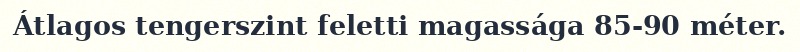
Átlagos tengerszint feletti magassága 85-90 méter.